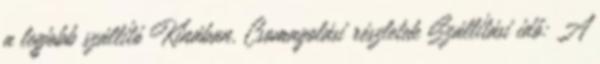
a legjobb szállító Kínában. Csomagolási részletek Szállítási idő: A